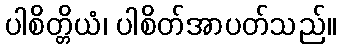
ပါစိတ္တိယံ၊ ပါစိတ်အာပတ်သည်။